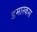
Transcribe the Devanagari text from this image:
डमास्कस